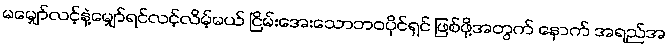
မမျှော်လင့်နဲ့မျှော်ရင်လင့်လိမ့်မယ် ငြိမ်းအေးသောဘဝပိုင်ရှင် ဖြစ်ဖို့အတွက် နောက် အရည်အ